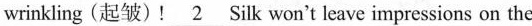
without wrinkling (起皱)! \underline{2} Silk won't leave impressions on the